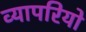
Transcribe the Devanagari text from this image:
व्यापरियो